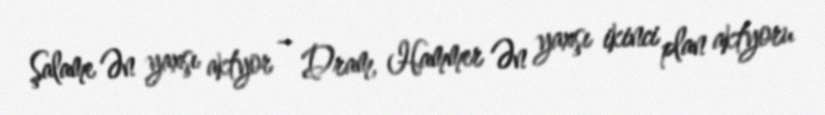
Şalame Ən yaxşı aktyor – Dram, Hammer Ən yaxşı ikinci plan aktyoru